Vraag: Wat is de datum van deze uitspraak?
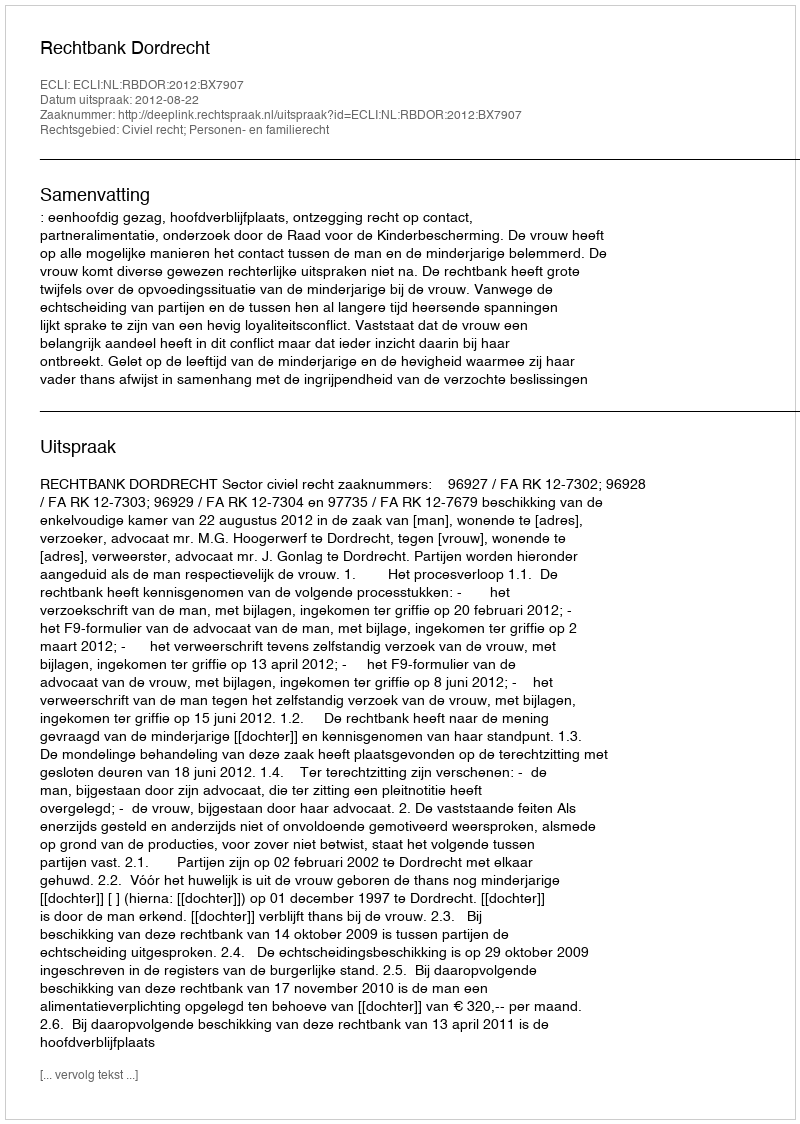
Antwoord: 2012-08-22